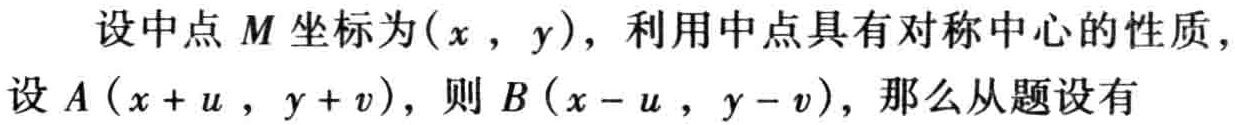
设中点\(M\)坐标为\((x,y)\)，利用中点具有对称中心的性质，设\(A(x + u,y + v)\)，则\(B(x - u,y - v)\)，那么从题设有